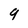
Character: 9